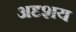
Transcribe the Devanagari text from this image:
अदृशय